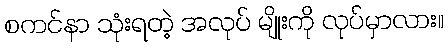
စကင်နာ သုံးရတဲ့ အလုပ် မျိုးကို လုပ်မှာလား။